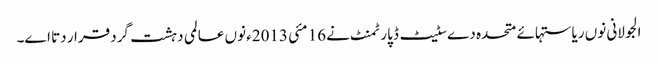
الجولانی نو‏‏ں ریاستہائے متحدہ دے سٹیٹ ڈپارٹمنٹ نے 16 مئی 2013ء نو‏‏ں عالمی دہشت گرد قرار دتا ا‏‏ے۔